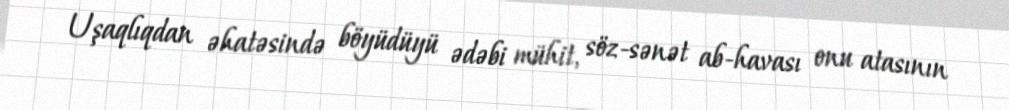
Uşaqlıqdan əhatəsində böyüdüyü ədəbi mühit, söz-sənət ab-havası onu atasının